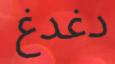
دغدغ